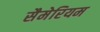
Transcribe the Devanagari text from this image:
सैमेरियम